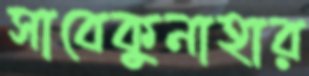
সাবেকুনাহার